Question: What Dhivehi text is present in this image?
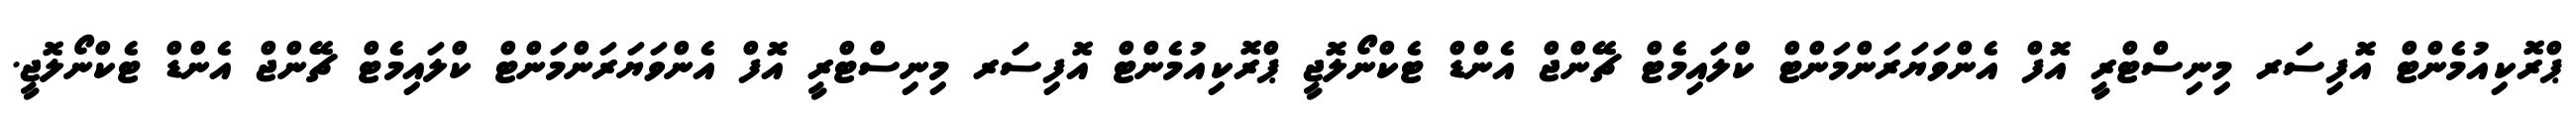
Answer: ޕްރޮކިއުމެންޓް އޮފިސަރ މިނިސްޓްރީ އޮފް އެންވަޔަރަންމަންޓް ކްލައިމެޓް ޗޭންޖް އެންޑް ޓެކްނޯލޮޖީ ޕްރޮކިއުމެންޓް އޮފިސަރ މިނިސްޓްރީ އޮފް އެންވަޔަރަންމަންޓް ކްލައިމެޓް ޗޭންޖް އެންޑް ޓެކްނޯލޮޖީ.